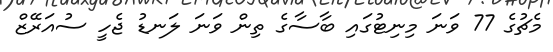
މެޗުގެ 77 ވަނަ މިނިޓުގައި ބާސާގެ ތިން ވަނަ ލަނޑު ޖެހީ ސުއަރޭޒް